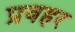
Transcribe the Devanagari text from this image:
प्रवहर